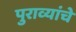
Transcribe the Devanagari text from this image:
पुराव्यांचे